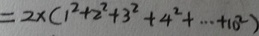
= 2 \times ( 1 ^ { 2 } + 2 ^ { 2 } + 3 ^ { 2 } + 4 ^ { 2 } + \cdots 1 0 ^ { 2 } )